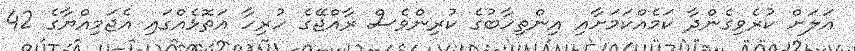
އަލަށް ކުރެވިގެންދާ ކަމެއްކަމަށާއި އިންތިހާބުގެ ކުރިންވެސް ރާއްޖޭގެ ހުރިހާ އަތޮޅެއްގައި އެޖަމިއްޔާގެ 42